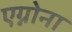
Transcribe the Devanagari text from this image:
एग्नोना